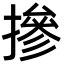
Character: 摻